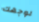
لوجهك